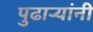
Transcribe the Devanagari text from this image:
पुढार्‍यांनी